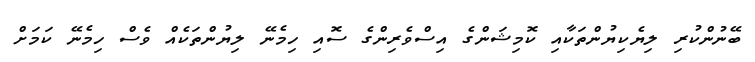
ބޭނުންކުރި ލިޔެކިޔުންތަކާއި ކޮމިޝަންގެ އިސްވެރިންގެ ސޮއި ހިމެނޭ ލިޔުންތަކެއް ވެސް ހިމެނޭ ކަމަށް